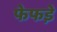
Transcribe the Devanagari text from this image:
फेफडे़